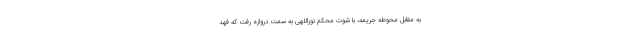
به مقابل محوطه جریمه، با شوت محکم نوراللهی به سمت دروازه رفت که فهد